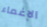
الإغماء